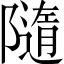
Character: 隨